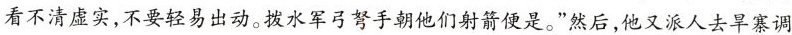
看不清虚实，不要轻易出动。拨水军弓弩手朝他们射箭便是。”然后，他又派人去旱寨调